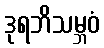
ဒုရဘိသမ္ဘဝံ